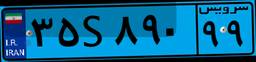
۱۴S۶۷۹۵۱